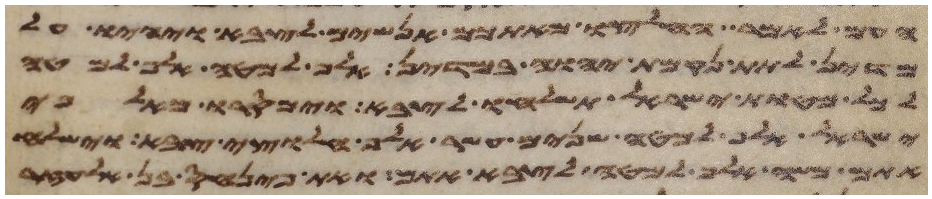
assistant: העם לאמר החליצו מאתכם אנשים לצבא ויהיו על
מדין לתת נקמת יהוה במדין אלף למטה אלף למטה
לכל מטות ישראל תשלחו לצבא וימסרו מאלפי
ישראל אלף למטה שנים עשר אלף חלוצי צבא וישלח
אתם משה אלף למטה לצבא אתם ואת פינחס בן אלעזר